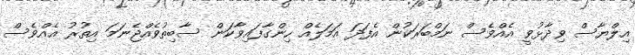
އިލްޔާސް ވިދާޅުވީ އެއްވެސް ނަމްބަރަކުން އެފަދަ އަމަލެއް ހިންގާފައިވާކަން ސާބިތުވެއްޖެނަމަ އިތުރު އެއްވެސް